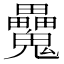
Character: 𩴻